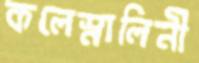
কলেস্নালিনী